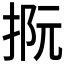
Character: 𢭫